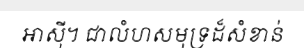
អាស៊ី។ ជាលំហសមុទ្រដ៏សំខាន់